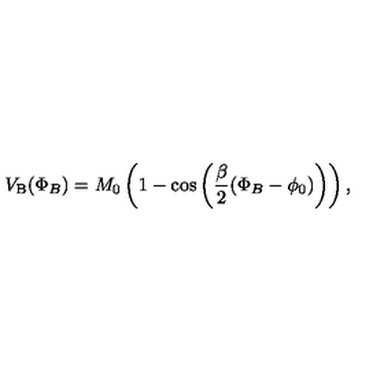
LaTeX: V _ { \mathrm { B } } ( \Phi _ { B } ) = M _ { 0 } \left( 1 - \cos \left( \frac { \beta } { 2 } ( \Phi _ { B } - \phi _ { 0 } ) \right) \right) ,